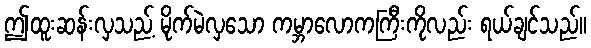
ဤထူးဆန်းလှသည့် မိုက်မဲလှသော ကမ္ဘာလောကကြီးကိုလည်း ရယ်ချင်သည်။